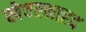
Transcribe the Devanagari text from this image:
खेचरनारद